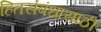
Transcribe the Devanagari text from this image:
हितसंबंधासाठी